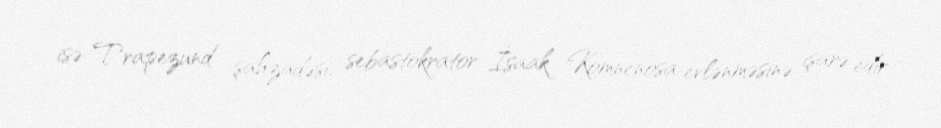
isə Trapezund şahzadəsi, sebastokrator İsaak Komnenosa evlənməsinə işarə edir.